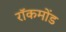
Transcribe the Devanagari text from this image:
रॉकमोंड